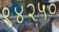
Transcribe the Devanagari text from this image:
९४२५०